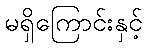
မရှိကြောင်းနှင့်